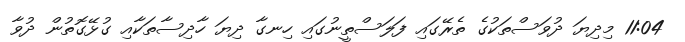
11:04 މިދިޔަ ދުވަސްތަކުގެ ތެރޭގައި ފަލަސްތީނުގައި ހިނގާ ދިޔަ ހާދިސާތަކާއި ގުޅޭގޮތުން ދުވާ